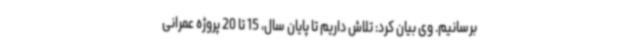
برسانیم. وی بیان کرد: تلاش داریم تا پایان سال، 15 تا 20 پروژه عمرانی